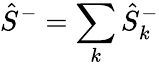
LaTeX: \hat{S}^{-}=\sum_{k}\hat{S}_{k}^{-}